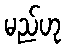
မည်ဟု